Note on the mental hospitals in Burma - 1925-1940
Year: 1925
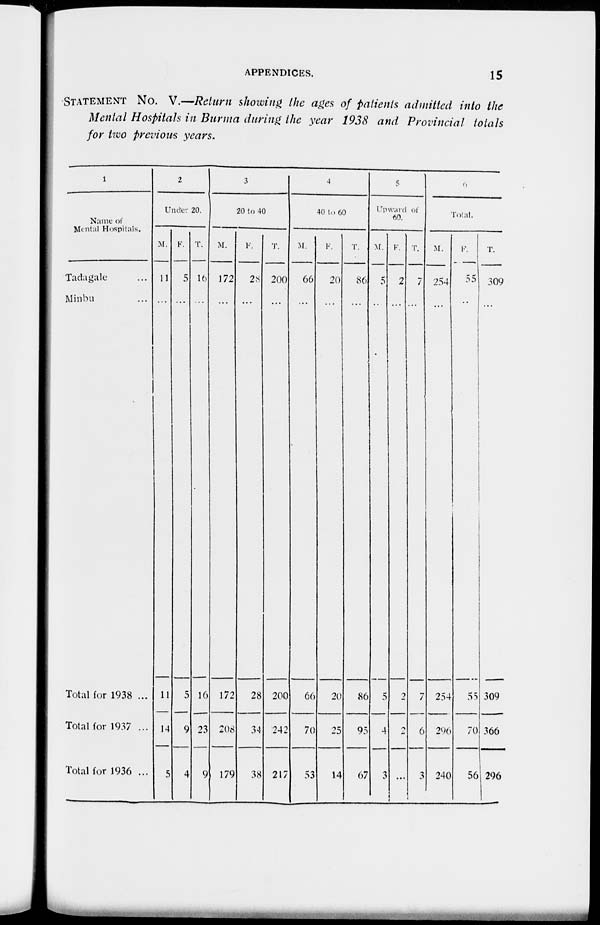
APPENDICES.
15
STATEMENT NO. V.—Return showing the ages of patients admitted into the
Mental Hospitals in Burma during the year 1938 and Provincial totals
for two previous years.
1
Name of
Mental Hospitals.
Tadagale ...
Minbu ...
Total for 1938 ...
Total for 1937 ...
Total for 1936 ...
2
Under 20.
M.
11
...
11
14
5
F.
5
...
5
9
4
T.
16
...
16
23
9
3
20 to 40
M.
172
...
172
208
179
F.
28
...
28
34
38
T.
200
...
200
242
217
4
40 to 60
M.
66
...
66
70
53
F.
20
...
20
25
14
T.
86
...
86
9;
67
5
Upward of
60.
M.
5
...
5
4
3
F.
2
...
2
2
...
T.
7
...
7
6
3
6
Total.
M.
254
...
254
296
240
F.
55
...
55
70
56
T.
309
...
309
366
296